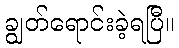
ချွတ်ရောင်းခဲ့ရပြီ။